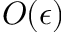
O ( \epsilon )